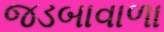
જડબાવાળા